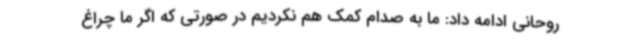
روحانی ادامه داد: ما به صدام کمک هم نکردیم در صورتی که اگر ما چراغ